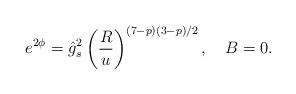
LaTeX: \begin{align*}e^{2\phi}= \hat{g}_s^2 \left (\frac{R}{u}\right)^{(7-p)(3-p)/2}, \ \ \ B=0.\end{align*}